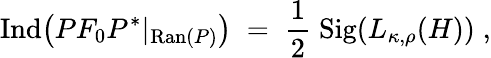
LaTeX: \mathrm{Ind}\big(PF_{0}P^{*}|_{\mathrm{Ran}(P)}\big)\; =\; \frac{1}{2}\; \mathrm{Sig}(L_{\kappa,\rho}(H))\; ,